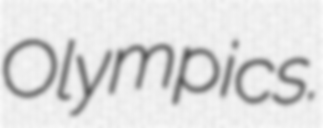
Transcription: Olympics.